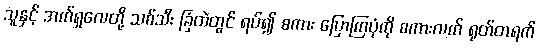
သူနှင့် အက်ရှလေတို့ သစ်သီး ခြံထဲတွင် ရပ်၍ စကား ပြောကြပုံကို စကားလက် ရုတ်တရက်